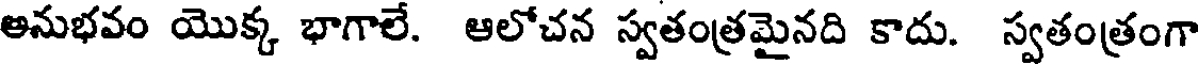
అనుభవం యొక్క భాగాలే. ఆలోచన స్వతంత్రమైనది కాదు. స్వతంత్రంగా